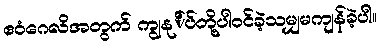
ဧဝံဂေလိအတွက် ကျွနု်ပ်တို့ပါဝင်ခဲ့သမျှမကျန်ခဲ့ပါ။